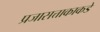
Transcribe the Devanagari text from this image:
प्रजासत्ताकाकडे